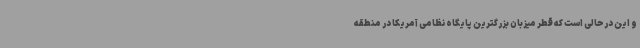
و این درحالی است که قطر میزبان بزرگترین پایگاه نظامی آمریکا در منطقه